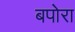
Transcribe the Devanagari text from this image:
बपोरा